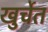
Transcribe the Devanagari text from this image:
खुर्चेत